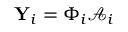
\mathbf { Y } _ { i } = \Phi _ { i } \mathcal { A } _ { i }